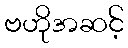
ဗဟိုအဆင့်